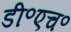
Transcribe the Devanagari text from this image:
डी॰एच॰